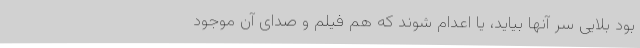
بود بلایی سر آنها بیاید، یا اعدام شوند که هم فیلم و صدای آن موجود